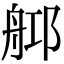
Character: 𦨰